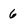
Character: 6